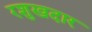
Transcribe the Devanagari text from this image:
रशुखदार